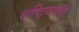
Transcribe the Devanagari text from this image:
राष्ट्रियापति